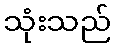
သုံးသည်